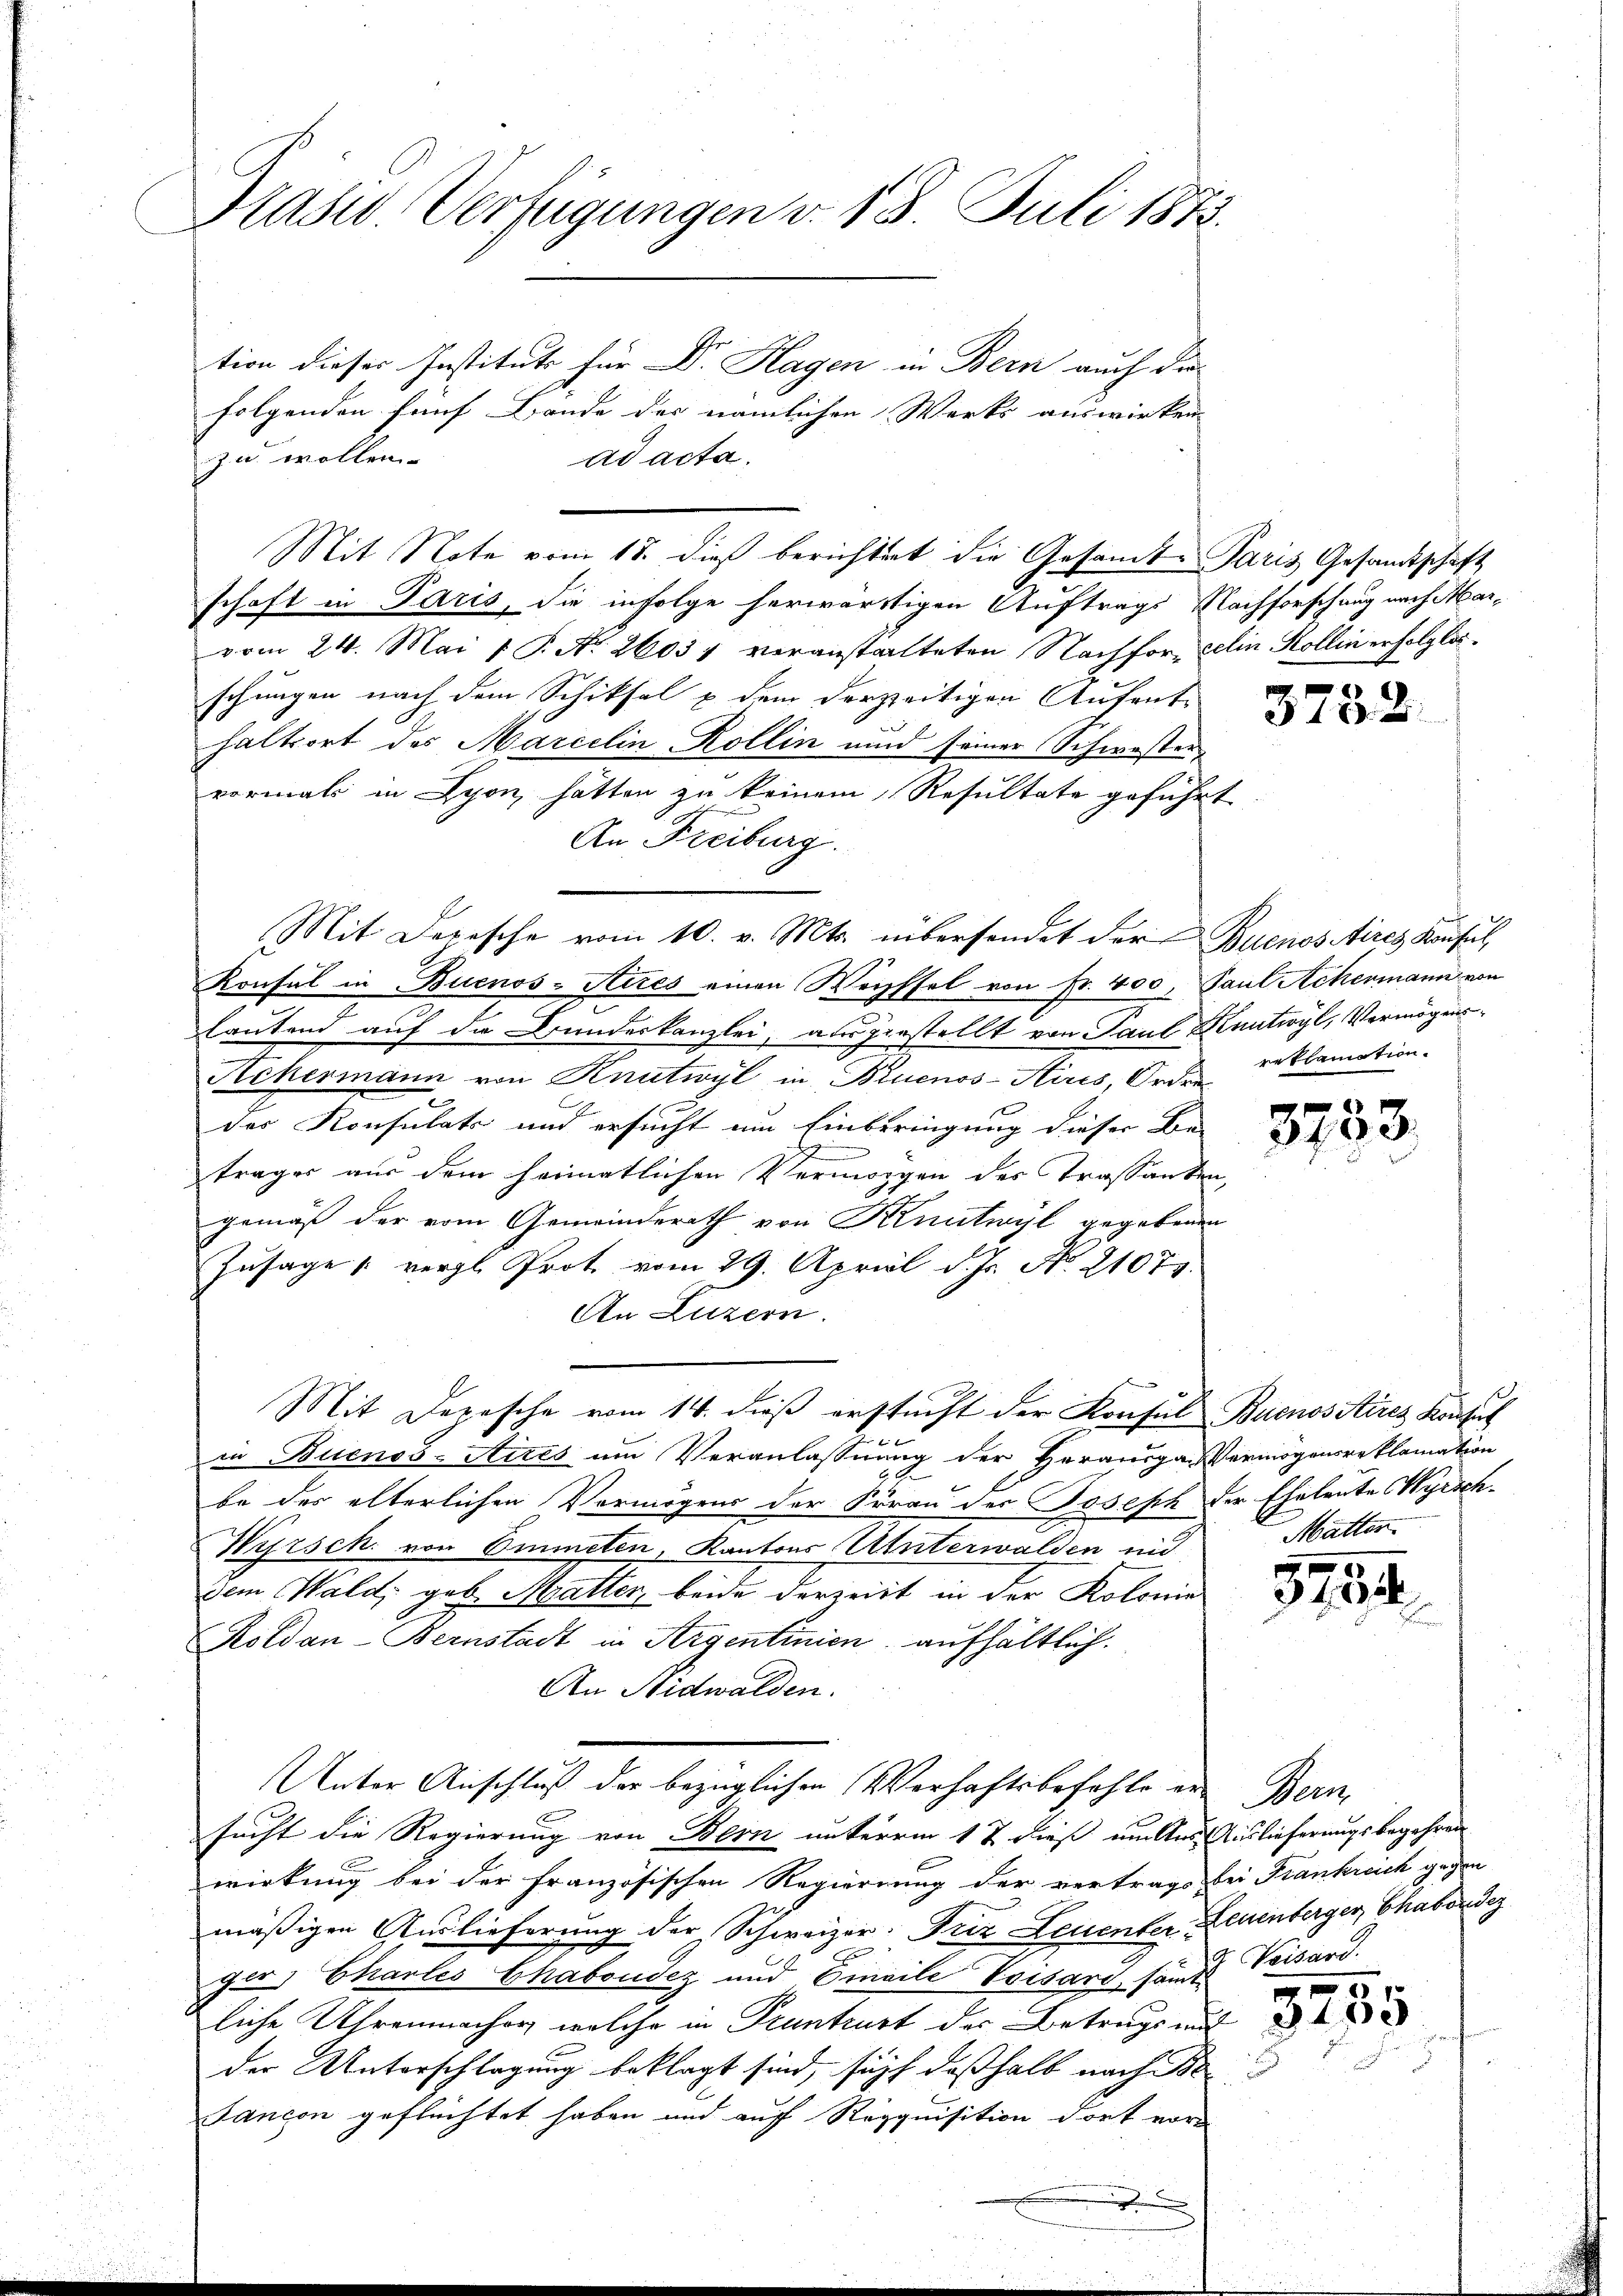
Präsid. Verfügungen v. 18. Juli 1873.

zu wollen.
schaft in Paris, die infolge herwärtigen Auftrags Nachforschung nach Marvom 24. Mai 1 P. No. 26037 veranstalteten Nachfor- eelin Kollin erfolglosschungen nach dem Schiksal & dem derzeitigen Aufent-
haltsort des Marcelin, Kollin und seiner Schwester-
vormals in Lyon, hätten zu keinem Resultate geführt
An Freiburg.
Mit Depesche vom 10. v. Mts. übersendet der Buenos Aires Konsul
Konsul in Buenos-Aires einen Wechsel von Fr. 400, Paul Achermann von
lautend auf die Bundeskanzlei, ausgestellt von Paul Kuntwyl, Vermögens¬
Ackermann von Knutwyl in Buenos-Aires, Orden
e
des Konsulats und ersucht um Einberingung dieser Be-
trages aus dem heimatlichen Vermögen des Trassanten,
gemäß der vom Gemeinderath von Knutwyl gegebenen
Zusage vergl. Prot. vom 29. April d. Js. No. 21075.
An Luzern.
Mit Depesche vom 14. dieß erstucht der Konsul Buenos Aires Konsuch
in Buenos-Ayres am Veranlassung der Herausganvermögensreklamation
x
be des älterlichen Vermögens der Frau der Joseph der Eheleute Wyrsch¬
Wirsch. von Emmeten, Kantons Unterwalden und
dem Wald, geb. Matter, beide derzeit in der Kolonie
Koldan-Bernstadt in Argentinien aufhältlich.
An Nidwalden.
Unter Anschluß der bezüglichen Verhaftsbefehle er Bern,
sucht die Regierung von Bern unterm 1 t dieß mitter Auslieferungsbegehren
wirkung bei der französischen Regierung der vertrags bei Frankreich gegen
mäßigen Auslieferung der Schweizer. Friz Leuenter Leuenberger, Chaborde
ger) Chartes Chaboudez und Einaile Voisard, samts Voisard.
liche Uhrenmacher welche in Pruntrurt der Betrugs und
der Unterschlagung beklagt sind, sich deßhalb nach Be¬
Jancon geflüchtet haben und auf Requisition dort vor

tion dieser Institute für Dr. Hagen in Bern auch die
folgenden fünf Bande des nämlichen Werks auswirken
ad acta.

Mit Note vom 15. dieß berichtigt die Gesamte Paris Gesandtschaft

3732

reflamation.

3753.

Matter.

340

1
3750